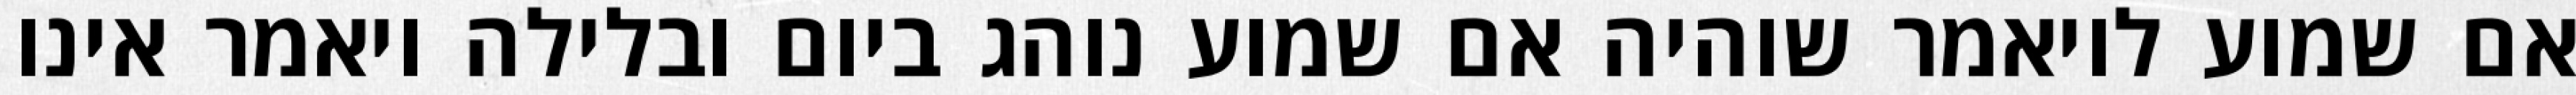
אם שמוע לויאמר שוהיה אם שמוע נוהג ביום ובלילה ויאמר אינו